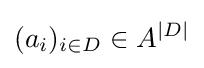
(a_{i})_{i\in D}\in A^{|D|}